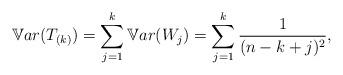
LaTeX: \begin{align*}\mathbb{V}ar(T_{(k)})=\sum_{j=1}^{k}\mathbb{V}ar(W_{j})=\sum_{j=1}^{k}\frac{1}{(n-k+j)^2},\end{align*}